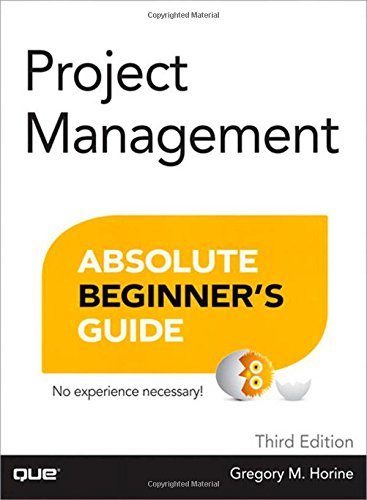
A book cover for Project Management Absolute Beginner's Guide (3rd Edition); Greg Horine; Business & Money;